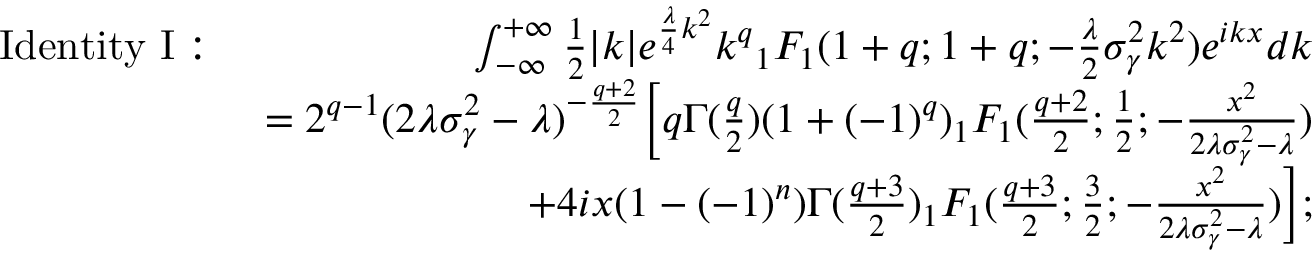
\begin{array} { r l r } & { \mathrm { I d e n t i t y \ I : } \ } & { \int _ { - \infty } ^ { + \infty } \frac { 1 } { 2 } | k | e ^ { \frac { \lambda } { 4 } k ^ { 2 } } k ^ { q } { _ 1 F _ { 1 } } ( 1 + q ; 1 + q ; - \frac { \lambda } { 2 } \sigma _ { \gamma } ^ { 2 } k ^ { 2 } ) e ^ { i k x } d k } \\ & { } & { = 2 ^ { q - 1 } ( 2 \lambda \sigma _ { \gamma } ^ { 2 } - \lambda ) ^ { - \frac { q + 2 } { 2 } } \Big [ q \Gamma ( \frac { q } { 2 } ) ( 1 + ( - 1 ) ^ { q } ) { _ 1 F _ { 1 } } ( \frac { q + 2 } { 2 } ; \frac { 1 } { 2 } ; - \frac { x ^ { 2 } } { 2 \lambda \sigma _ { \gamma } ^ { 2 } - \lambda } ) } \\ & { } & { + 4 i x ( 1 - ( - 1 ) ^ { n } ) \Gamma ( \frac { q + 3 } { 2 } ) { _ 1 F _ { 1 } } ( \frac { q + 3 } { 2 } ; \frac { 3 } { 2 } ; - \frac { x ^ { 2 } } { 2 \lambda \sigma _ { \gamma } ^ { 2 } - \lambda } ) \Big ] ; } \end{array}